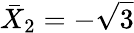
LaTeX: \bar{X}_{2}=-\sqrt{3}